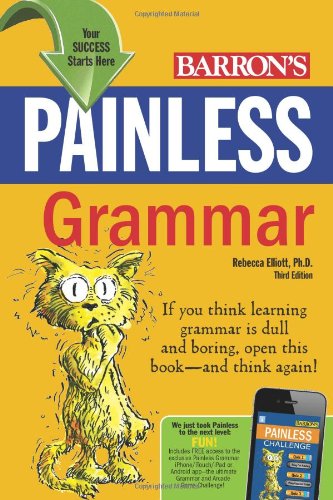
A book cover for Painless Grammar (Barron's Painless Series); Rebecca Elliott Ph.D.; Reference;